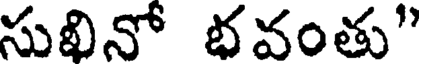
సుభినో భవంతు"